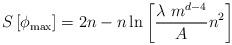
LaTeX: \begin{align*}S \left[ \phi_{{\rm max}} \right] = 2 n - n \ln{ \left[ {\lambda \ m^{d-4} \over A} n^2 \right] }\end{align*}